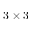
3 \times 3